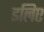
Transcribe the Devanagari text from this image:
इलिए